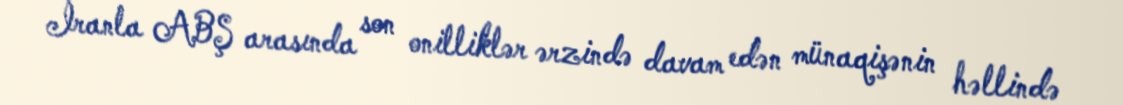
İranla ABŞ arasında son onilliklər ərzində davam edən münaqişənin həllində